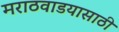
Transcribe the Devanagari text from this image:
मराठवाडयासाठी